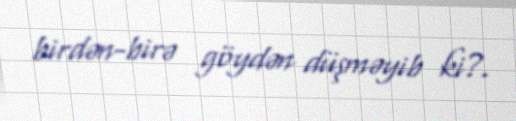
birdən-birə göydən düşməyib ki?.